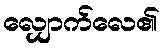
လျှောက်လေ၏